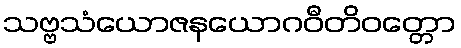
သဗ္ဗသံယောဇနယောဂဝီတိဝတ္တော